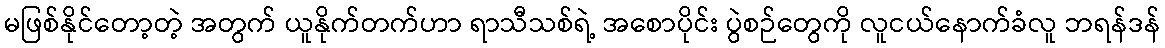
မဖြစ်နိုင်တော့တဲ့ အတွက် ယူနိုက်တက်ဟာ ရာသီသစ်ရဲ့ အစောပိုင်း ပွဲစဉ်တွေကို လူငယ်နောက်ခံလူ ဘရန်ဒန်